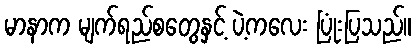
မာနာက မျက်ရည်စတွေနှင့် ပဲ့ကလေး ပြုံးပြသည်။